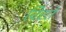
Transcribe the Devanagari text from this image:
विरते